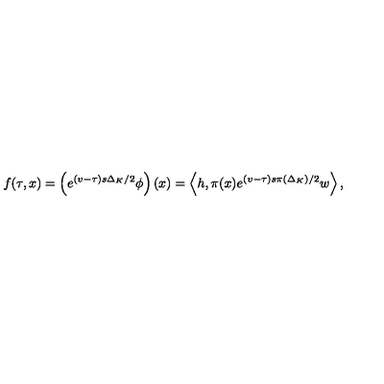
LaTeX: f ( \tau , x ) = \left( e ^ { ( v - \tau ) s \Delta _ { K } / 2 } \phi \right) \left( x \right) = \left\langle h , \pi ( x ) e ^ { ( v - \tau ) s \pi \left( \Delta _ { K } \right) / 2 } w \right\rangle ,